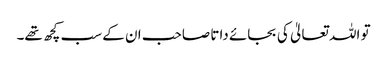
تو اللہ تعالیٰ کی بجائے داتا صاحب ان کے سب کچھ تھے۔